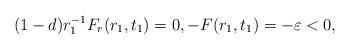
LaTeX: \begin{align*}(1-d)r_{1}^{-1} F_{r}(r_{1},t_{1})=0,- F(r_{1},t_{1})=- \varepsilon<0,\end{align*}